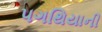
પગથિયાની